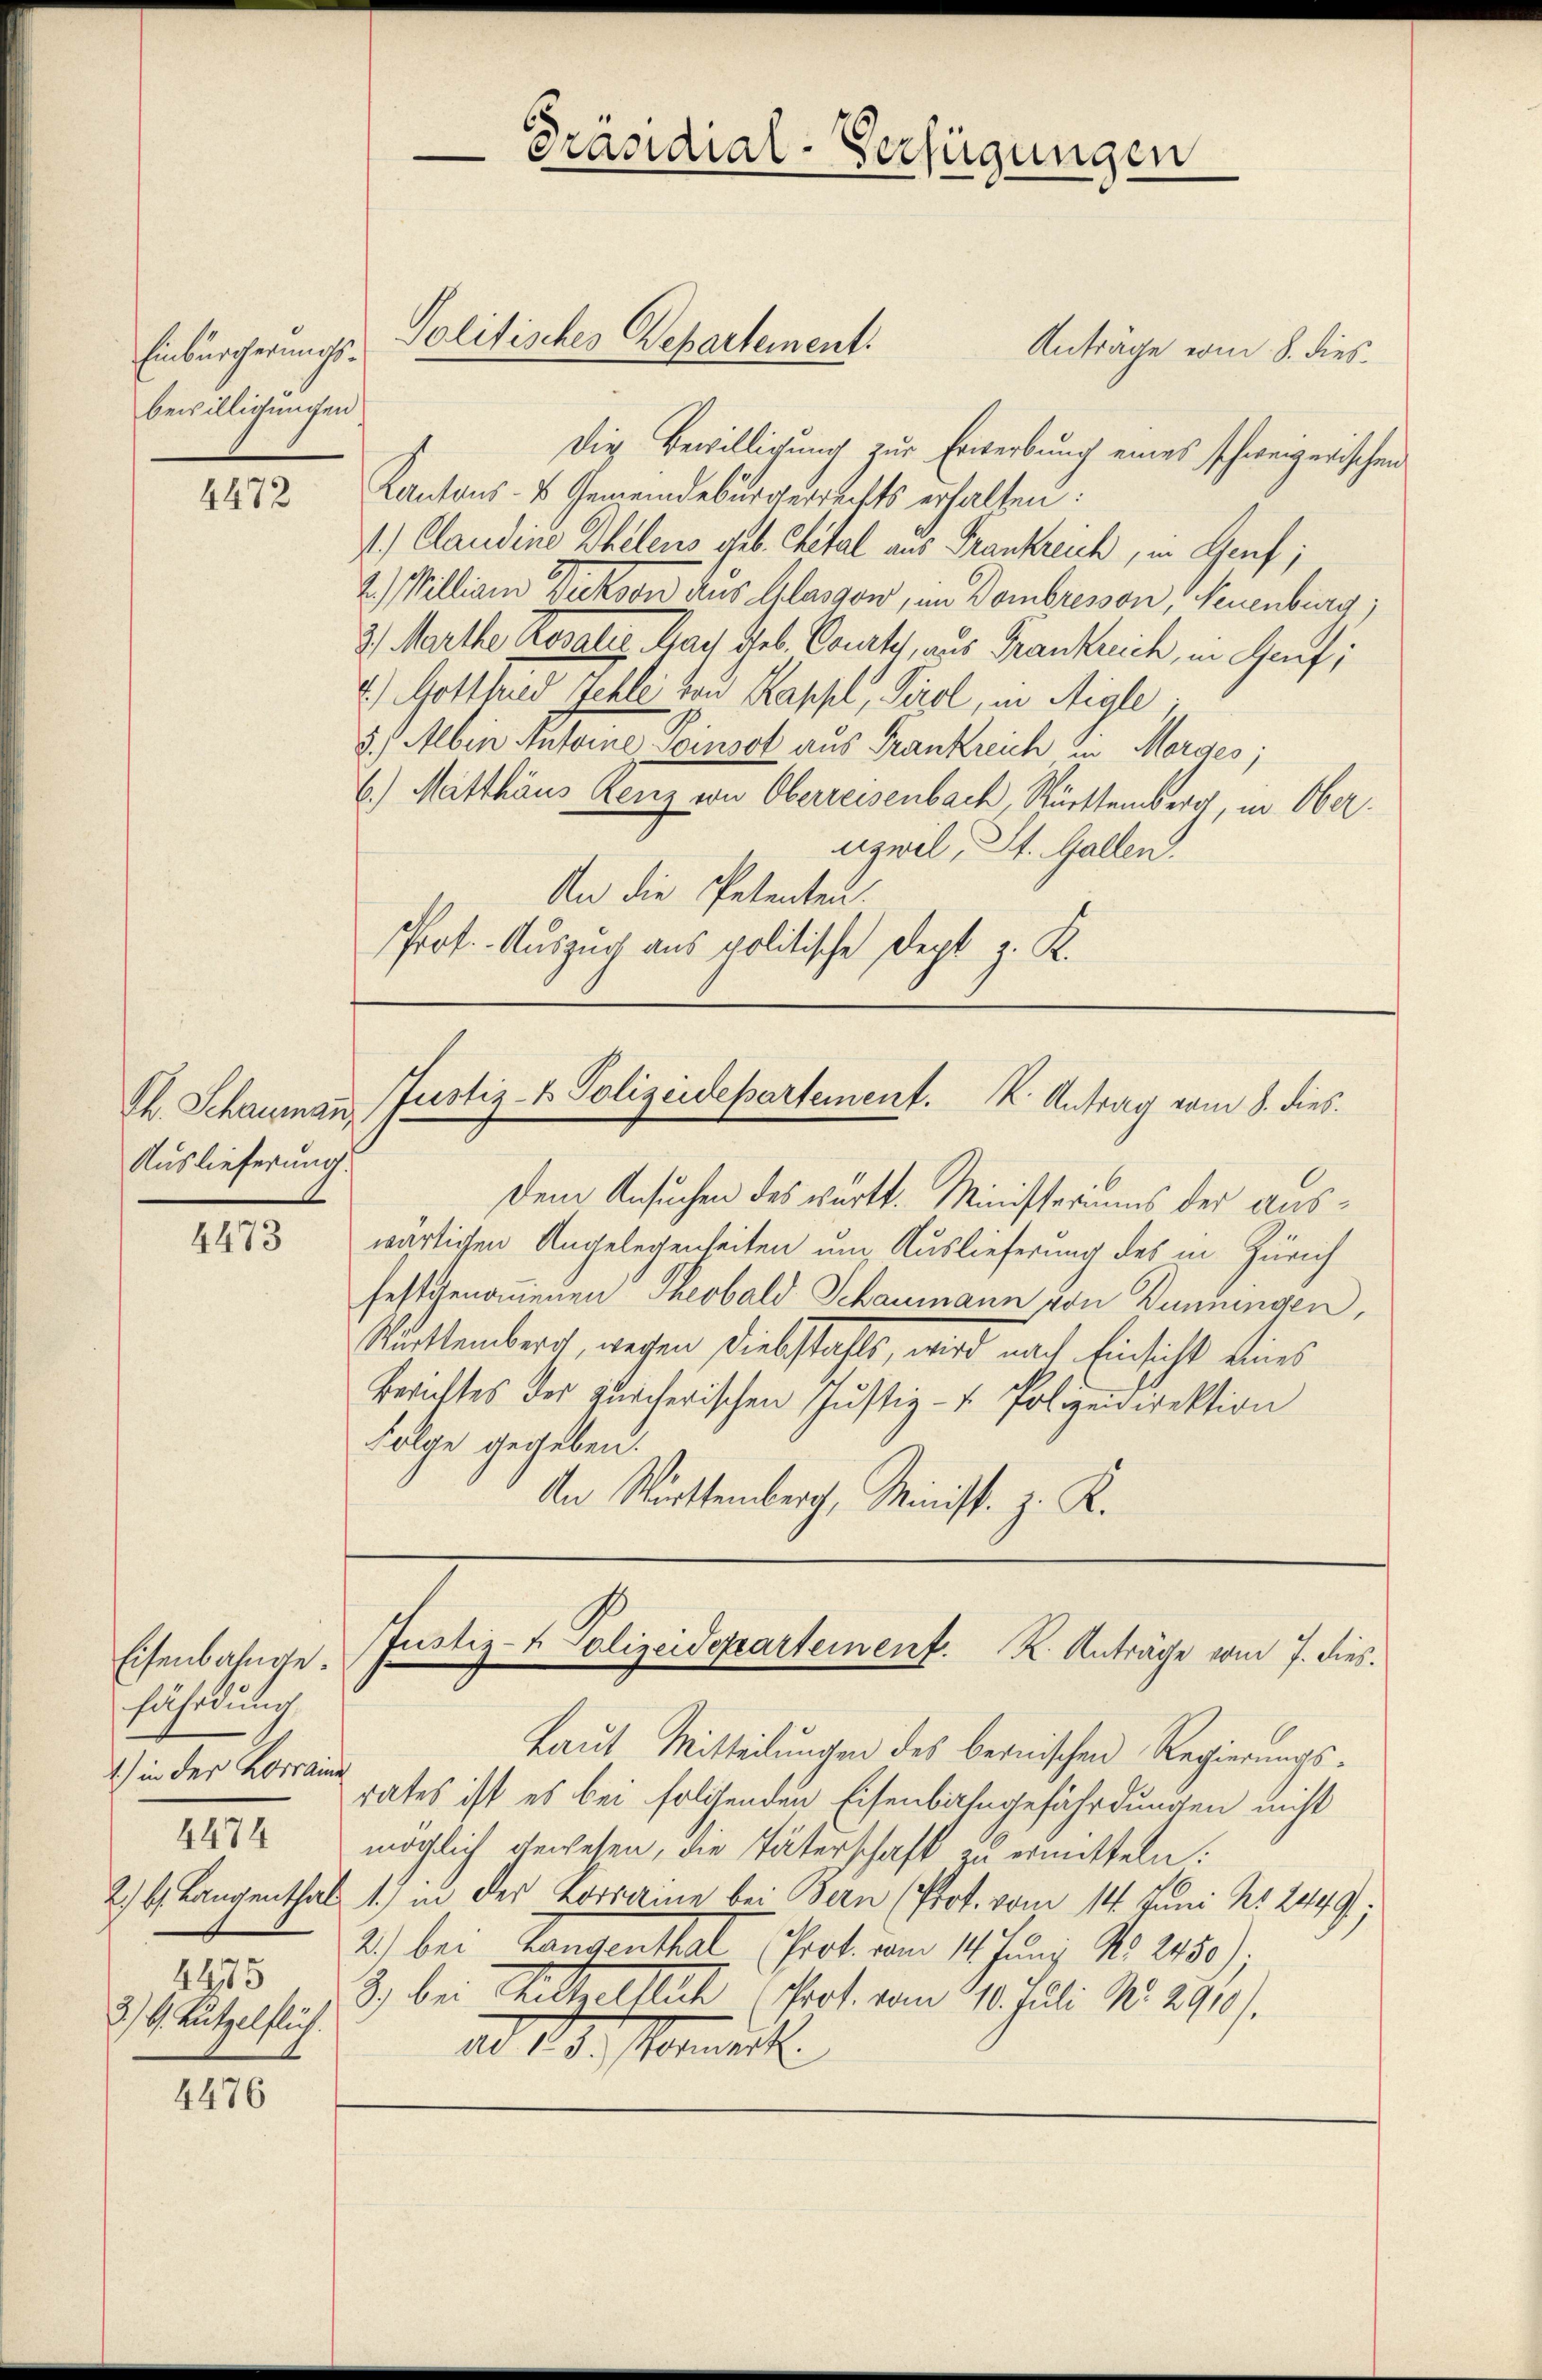
Einbürgerungsbewilligungen

4472

Ch. Schaumann
Auslieferung.

4473

Eisenbahnge.
fährdung
1) in der Korrain
4475
3) G. Rützelflüh.

4474

4476

Anträge vom 8. dies¬
Die Bewilligung zur Erwerbung eines schweizerischen
Kantons- & Gemeindebürgerrechts erhalten:
1.) Claudine Thalens geb. Cital aus Frankreich, in Genf;
2.) William Bukoon aus Glasgon, in Dombresson, Neuenburg,
2) Marthe Rosaliz. Nach Geb. Court, aus Frankreich, in Genf;
4.) Gotthued Jehle von Kappel, Tirol, in Aigle
5.) Albin Antone, Poinsot aus Frankreich in Morges;
6.) Matthäus Lenz von Oberreisenbach, Württemberg, in Oberuzwel, St. Gallen.
An die Petenten.
Prof. Auszug aus politische Dept z. K.

Politisches Departement.

Präsidial-Verfügungen

Justiz- & Polizeidepartement. K. Antrag vom 8. dies

Dem Ansuchen des württ. Ministeriums der Auswärtigen Angelegenheiten um Auslieferung des in Zürich
festgenommenen Theobald Schaumann von Düningen,
Rucktemberich, wegen Diebstahls, wird nach Einsicht eines
Berichtes des zürcherischen Justiz- u. Polizeidirektion
Folge gegeben.
An Württemberg, Minist. z. K.

Justiz- & Polizeidepartement. K. Anträge vom 7. dies.

Laut Mitteilungen des bernischen Regierungsrates ist es bei folgenden Eisenbahngefährdungen nicht
möglich gewesen, die Täterschaft zu ermitteln:
2) b. Langenthal 1.) in der Lorraine bei Bern (Ptot. vom 14. Juni Nr. 2449;
2.) bei Langenthal (Prot. vom 11. Junÿ No. 2180),
8) bei Mitteltlich Prot. vom 210. Juli No. 2910).
ao 13. Vormerk.